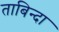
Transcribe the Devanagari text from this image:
ताबिन्दा